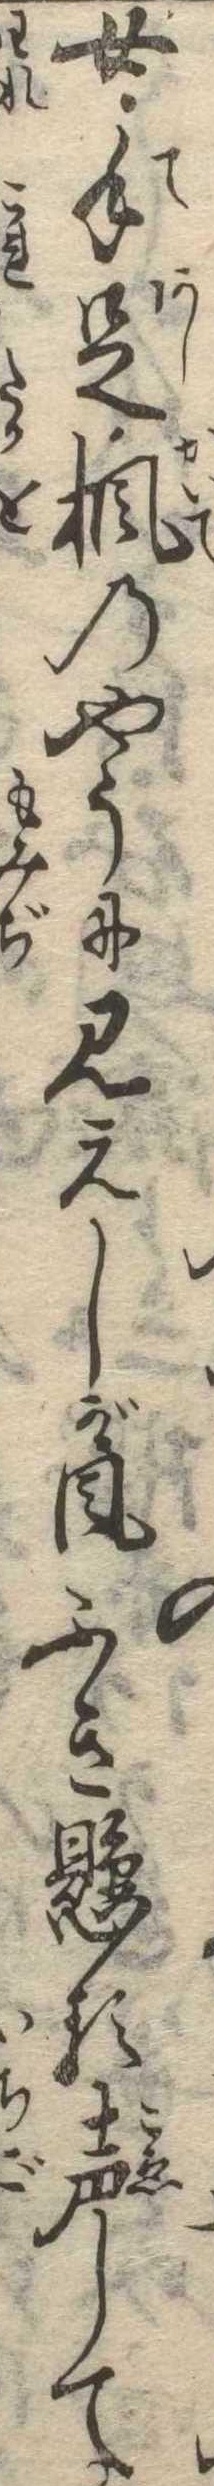
女手足楓のやうに見えしが風ふき懸る声して